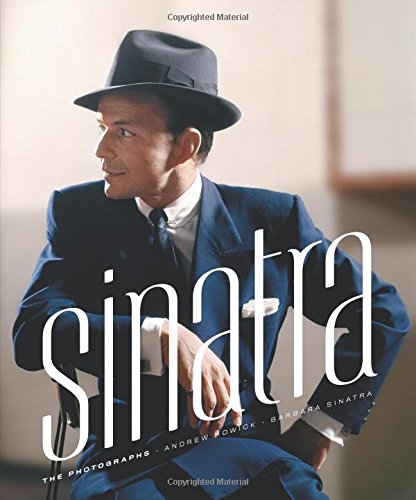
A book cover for Sinatra: The Photographs; Andrew Howick; Humor & Entertainment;